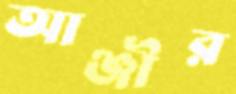
আঞ্জীর